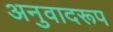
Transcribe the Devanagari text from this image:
अनुवादरूप